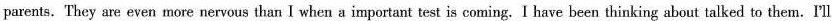
parents. They are even more nervous than I when a important test is coming. I have been thinking about talked to them.I'll